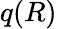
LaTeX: q(R)